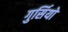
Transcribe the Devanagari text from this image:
गुर्सियो